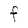
Character: F